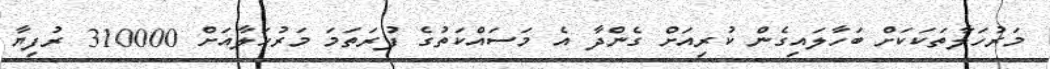
މަރުހަލާތަކަކަށް ބަހާލައިގެން ކުރިއަށް ގެންދާ އެ މަސައްކަތުގެ ފުރަތަމަ މަރުހަލާއަށް 310000 ރުފިޔާ